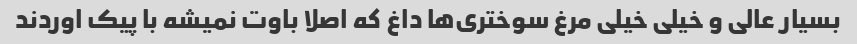
بسیار عالی و خیلی خیلی مرغ سوختری‌ها داغ که اصلا باوت نمیشه با پیک اوردند